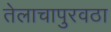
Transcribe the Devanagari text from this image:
तेलाचापुरवठा